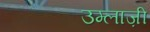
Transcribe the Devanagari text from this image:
उम्लाज़ी